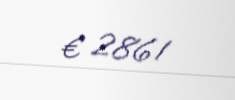
€ 2861